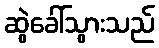
ဆွဲခေါ်သွားသည်